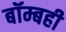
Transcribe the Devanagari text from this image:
बॉम्बही